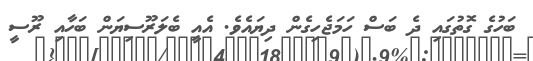
ބަހުގެ ގޮތުގައި ދެ ބަސް ހަމަޖެހިގެން ދިޔައެވެ. އެއީ ބެލަރޫސިޔަން ބަހާއި ރޫސީ